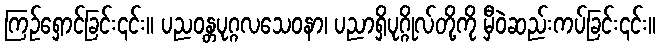
ကြဉ်ရှောင်ခြင်း၎င်း။ ပညဝန္တပုဂ္ဂလသေဝနာ၊ ပညာရှိပုဂ္ဂိုလ်တို့ကို မှီဝဲဆည်းကပ်ခြင်း၎င်း။